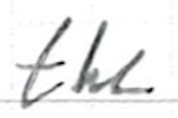
Text: the
Cross-out: clean
Writing tool: ballpoint